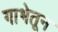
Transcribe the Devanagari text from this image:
गाभेतून